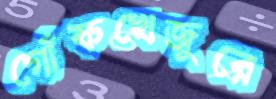
গোঁফখেজুরে